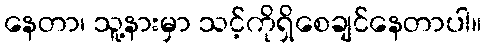
နေတာ၊ သူ့နားမှာ သင့်ကိုရှိစေချင်နေတာပါ။